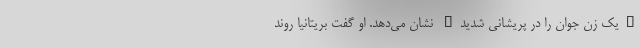
"یک زن جوان را در پریشانی شدید" نشان می‌دهد. او گفت بریتانیا روند